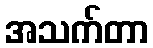
အသက်တာ